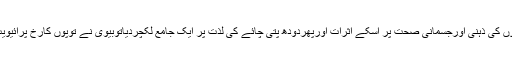
میں نے دودھ کے فوائد، بچوں کی ذہنی اورجسمانی صحت پر اسکے اثرات اورپھردودھ پتی چائے کی لذت پر ایک جامع لکچردیاتوبیوی نے توپوں کارخ پرائیویٹ اسکولوں کی طرف کردیا۔